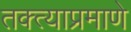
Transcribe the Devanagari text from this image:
तक्त्याप्रमाणे